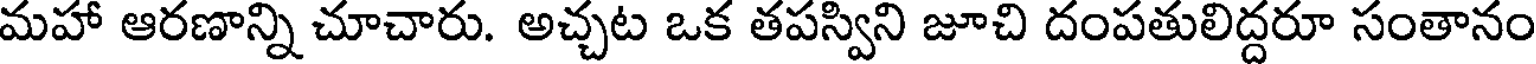
మహా ఆరణాన్ని చూచారు. అచ్చట ఒక తపస్విని జూచి దంపతులిద్దరూ సంతానం